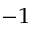
^ { - 1 }